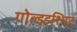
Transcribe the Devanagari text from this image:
गोल्डडश्मिट